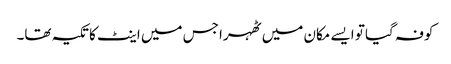
کوفہ گیا تو ایسے مکان میں ٹھہرا جس میں اینٹ کا تکیہ تھا۔